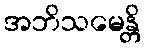
အဘိသမေန္တိ